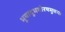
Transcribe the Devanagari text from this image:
भूयादुभयोरयमुत्तमः